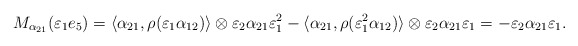
\begin{align*}M_{\alpha_{21}}(\varepsilon_1e_5) = \langle \alpha_{21}, \rho(\varepsilon_1\alpha_{12})\rangle\otimes \varepsilon_2\alpha_{21}\varepsilon_1^2-\langle \alpha_{21}, \rho(\varepsilon_1^2\alpha_{12})\rangle\otimes \varepsilon_2\alpha_{21}\varepsilon_1 = -\varepsilon_2\alpha_{21}\varepsilon_1.\end{align*}